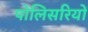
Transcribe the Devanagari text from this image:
पोलिसरियों